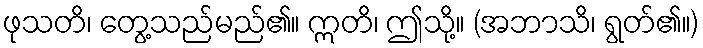
ဖုသတိ၊ တွေ့သည်မည်၏။ ဣတိ၊ ဤသို့။ (အဘာသိ၊ ရွတ်၏။)